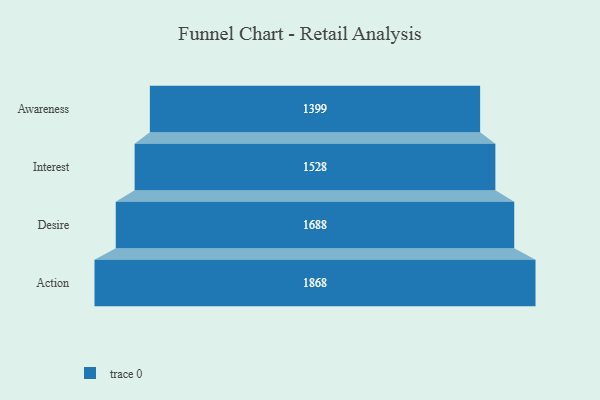
{"axis": {"x": "Stage", "y": "Value"}, "legend": [""], "data": [{"x": "Awareness", "y": 1399.0, "type": ""}, {"x": "Interest", "y": 1528.0, "type": ""}, {"x": "Desire", "y": 1688.0, "type": ""}, {"x": "Action", "y": 1868.0, "type": ""}]}